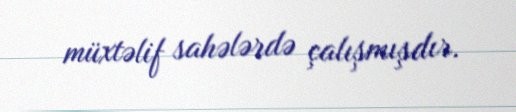
müxtəlif sahələrdə çalışmışdır.